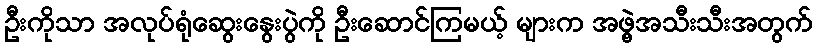
ဦးကိုသာ အလုပ်ရုံဆွေးနွေးပွဲကို ဦးဆောင်ကြမယ့် များက အဖွဲ့အသီးသီးအတွက်